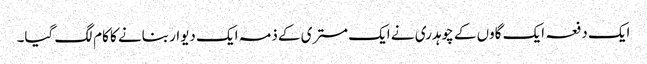
ایک دفعہ ایک گاوں کے چوہدری نے ایک مستری کے ذمہ ایک دیوار بنانے کا کام لگ گیا۔